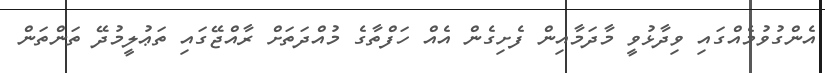
އެންގުވުމެއްގައި ވިދާޅުވީ މާދަމާއިން ފެށިގެން އެއް ހަފްތާގެ މުއްދަތަށް ރާއްޖޭގައި ތަޢުލީމުދޭ ތަންތަން